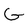
Character: G